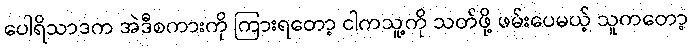
ပေါရိသာဒက အဲဒီစကားကို ကြားရတော့ ငါကသူ့ကို သတ်ဖို့ ဖမ်းပေမယ့် သူကတော့